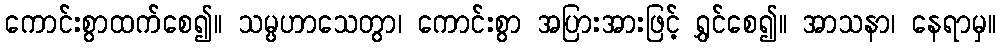
ကောင်းစွာထက်စေ၍။ သမ္ပဟာသေတွာ၊ ကောင်းစွာ အပြားအားဖြင့် ရွှင်စေ၍။ အာသနာ၊ နေရာမှ။